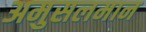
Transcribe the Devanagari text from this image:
अमुसलमान